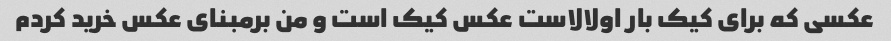
عکسی که برای کیک بار اولالاست عکس کیک است و من برمبنای عکس خرید کردم